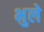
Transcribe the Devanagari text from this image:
भुले